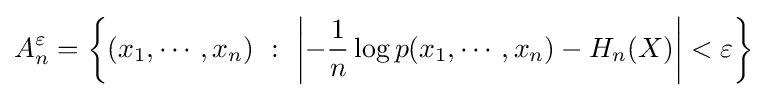
A_{n}^{\varepsilon }=\left\{(x_{1},\cdots ,x_{n})\ :\ \left|-{\frac {1}{n}}\log p(x_{1},\cdots ,x_{n})-H_{n}(X)\right|<\varepsilon \right\}